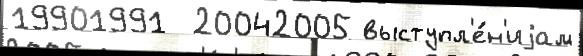
19901991  20042005 выступл'е́н'иjам